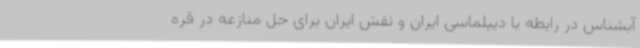
آبشناس در رابطه با دیپلماسی ایران و نقش ایران برای حل منازعه در قره